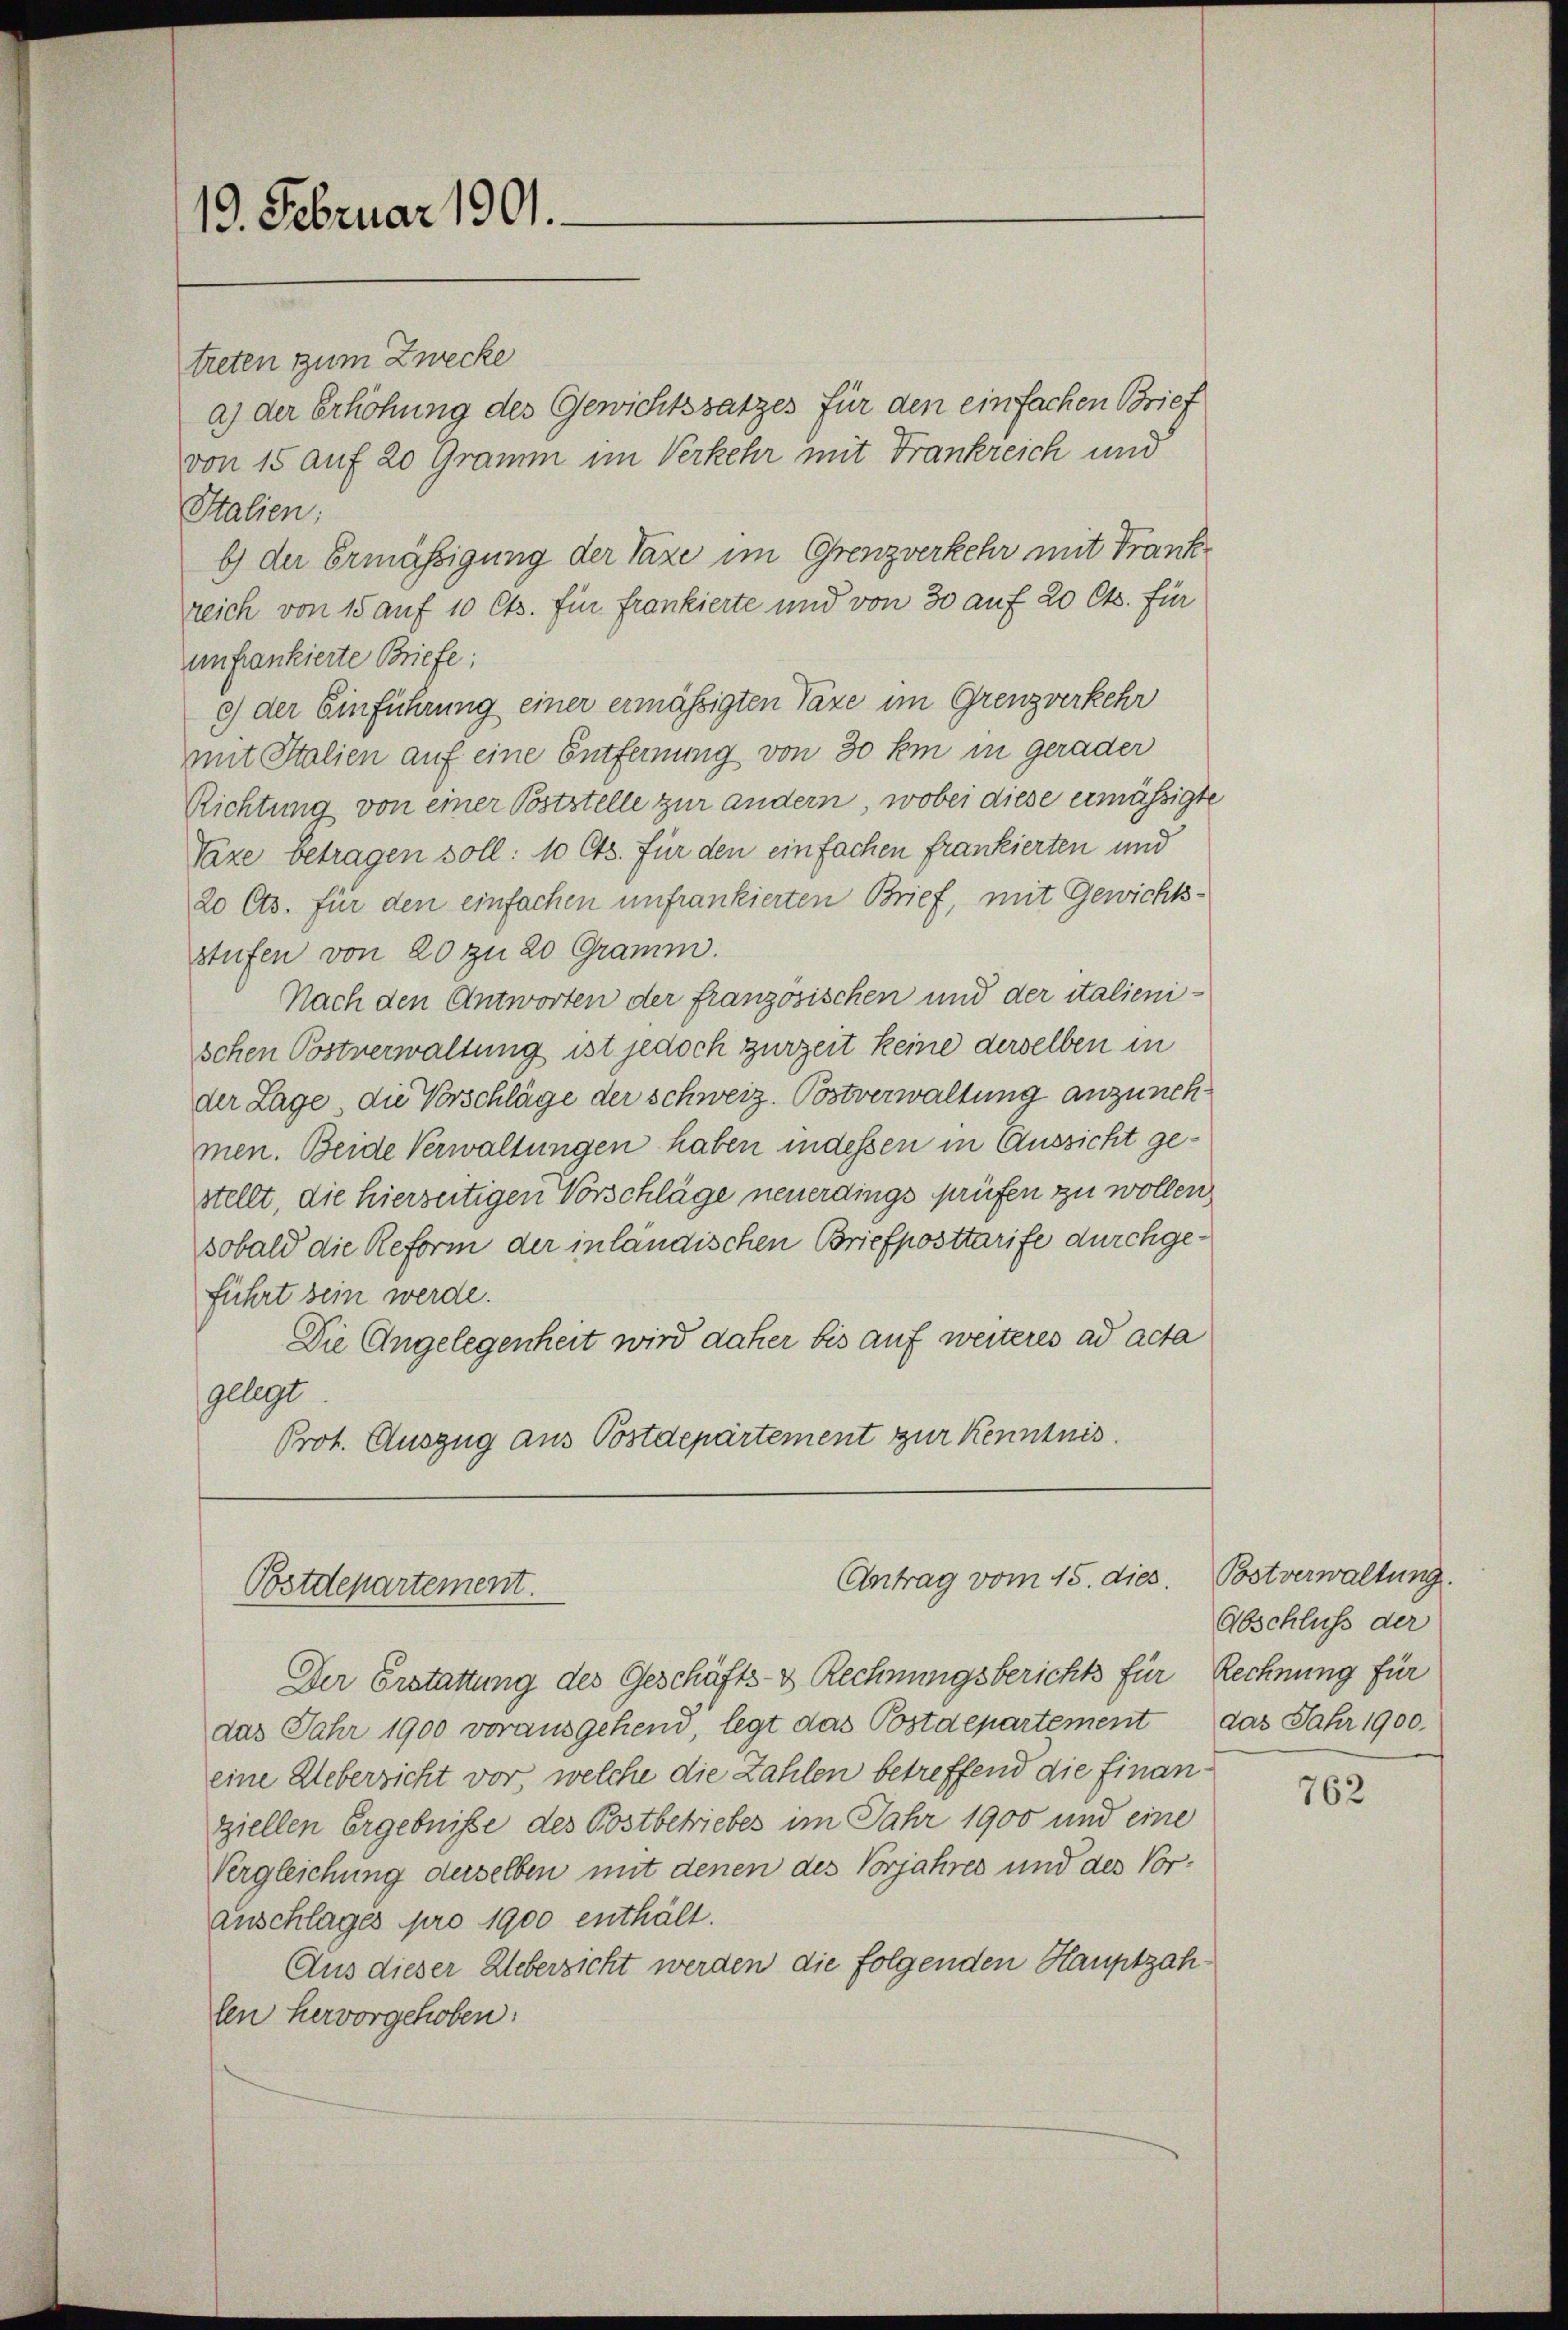
13. Februar 1901.

treten zum Zwecke
a) der Erhöhung des Gewichtssatzes für den einfachen Brief
von 15 auf 20 Gramm im Verkehr mit Frankreich und
Italien:
b) der Ermässigung der Taxe im Grenzverkehr mit Frank
reich von 15 auf 10 Cts. für frankierte und von 30 auf 20 Cts. für
anfankierte Briefe;
c) der Einführung einer ermässigten Taxe im Grenzverkehr
mit Italien auf eine Entfernung von 30 hm in gerader
Richtung von einer Poststelle zur andern, wobei diese ermässigte
Taxe betragen soll: 10 Cts. für den einfachen frankierten und
20 Cts. für den einfachen unfrankierten Brief, mit Gewichts-
stufen von 20 zu 20 Gramm.
Nach den Antworten der französischen und der italienischen Postverwaltung ist jedoch zurzeit keine derselben in
der Lage, die Vorschläge der schweiz. Postverwaltung anzunehmen. Beide Verwaltungen haben indessen in Aussicht gestellt, die hierseitigen Vorschläge neuerdings prüfen zu wollen,
sobald die Reform der inländischen Briefposttarife durchgeführt sein werde.
Die Angelegenheit wird daher bis auf weiteres ad acta
gelegt
Prot. Auszug aus Postdepartement zur Kenntnis.

Antrag vom 15. dies.
Postdepartement.

Der Erstattung des Geschäfts- & Rechnungsberichts für Rechnung für
das Jahr 1900 vorausgehend, legt das Postdepartement das Jahr 1900.
eine Uebersicht vor, welche die Zahlen betreffend die Finanziellen Ergebnisse des Postbetriebes im Jahr 1900 und eine
Vergleichung derselben mit denen des Vorjahres und des Vorauschlages pro 1900 enthält.
Aus dieser Ueberzicht werden die folgenden Hauptzahlen hervorgehoben:

Postverwaltung.
Abschluss der

762